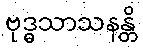
ဗုဒ္ဓသာသနန္တိ